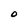
Character: O